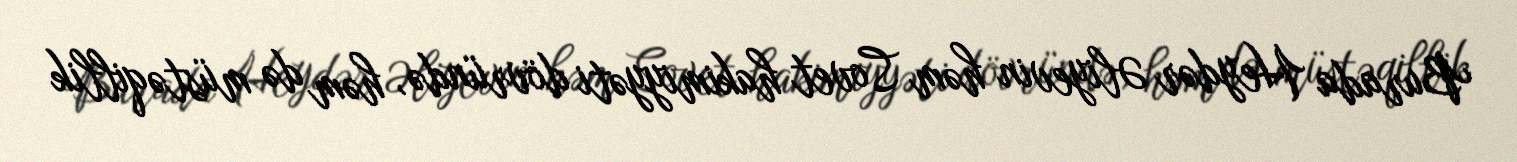
Burada Heydər Əliyevin həm Sovet hakimiyyəti dövründə, həm də müstəqillik